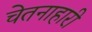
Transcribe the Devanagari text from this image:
चेतनाहारी